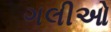
ગલીઓ